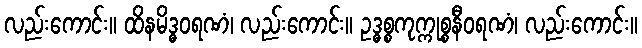
လည်းကောင်း။ ထိနမိဒ္ဓဝရဏံ၊ လည်းကောင်း။ ဥဒ္ဓစ္စကုက္ကုစ္စနီဝရဏံ၊ လည်းကောင်း။